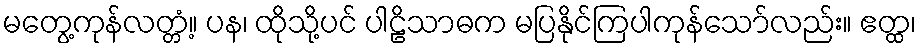
မတွေ့ကုန်လတ္တံ့။ ပန၊ ထိုသို့ပင် ပါဠိသာဓက မပြနိုင်ကြပါကုန်သော်လည်း။ ဧတ္ထ၊